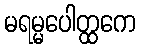
မရမ္မပေါတ္ထကေ